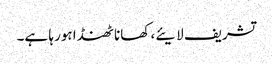
تشریف لایئے، کھانا ٹھنڈا ہورہا ہے۔